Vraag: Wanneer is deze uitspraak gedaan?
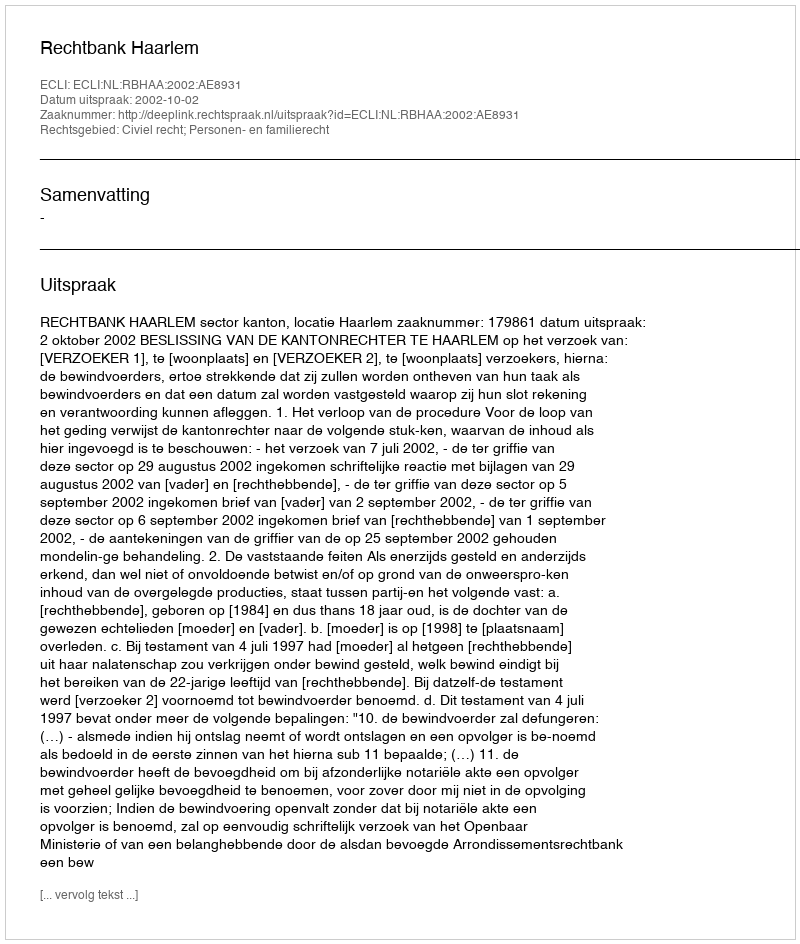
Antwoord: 2002-10-02